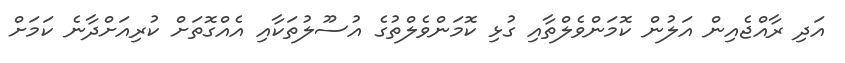
އަދި ރާއްޖެއިން އަލުން ކޮމަންވެލްތާއި ގުޅި ކޮމަންވެލްތުގެ އުސޫލުތަކާއި އެއްގޮތަށް ކުރިއަށްދާނެ ކަމަށް